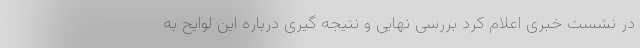
در نشست خبری اعلام کرد بررسی نهایی و نتیجه گیری درباره این لوایح به